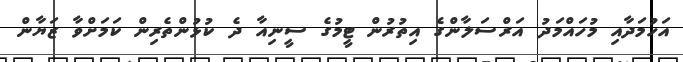
އަހުމަދާއި މުހައްމަދު އަރްސަލާންގެ އިތުރުން ޓީމުގެ ސީނިއާ ދެ ކުޅުންތެރިން ކަމަށްވާ ޒަޔާން